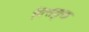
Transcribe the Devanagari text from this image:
पित्तयुक्त